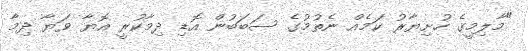
"މާލިމީގެ ހުށިޔާރު ކަމެއް ނެތުމުގެ ސަބަބުން އޮޑި ދިމާކުރީ އޮޔާ ވަޔާ ދިމާ